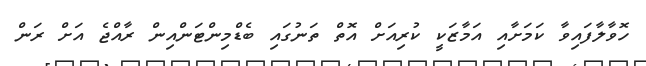
ހޮވާލާފައިވާ ކަމަށާއި އަމާޒަކީ ކުރިއަށް އޮތް ތަނުގައި ބެޑްމިންޓަންއިން ރާއްޖެ އަށް ރަން